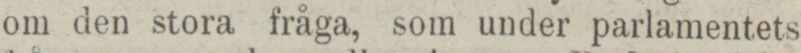
om den stora fråga, som under parlamentets